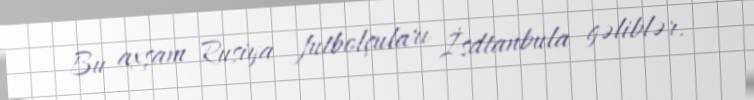
Bu axşam Rusiya futbolçuları İsdtanbula gəliblər.